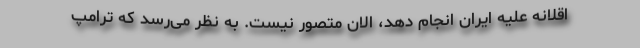
اقلانه علیه ایران انجام دهد، الان متصور نیست. به نظر می‌رسد که ترامپ